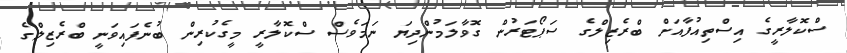
ސްކޮލާރީގެ އިސްތިއުފާއަށް ބްރެޒިލްގެ ސަޕޯޓަރުން ގޮވާލަމުންދިޔަ ނަމަވެސް ސްކޮލާރީ މީގެކުރިން ބުނެފައިވަނީ ބްރެޒިލްގެ